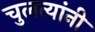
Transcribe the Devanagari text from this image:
चुलत्यांनी